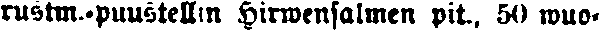
rustm.-puustellin Hirwensalmen pit., 50 wuo-